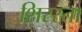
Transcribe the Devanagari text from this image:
शिरस्ता